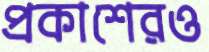
প্রকাশেরও